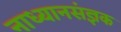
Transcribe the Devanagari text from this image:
नाध्यानसंज्ञक